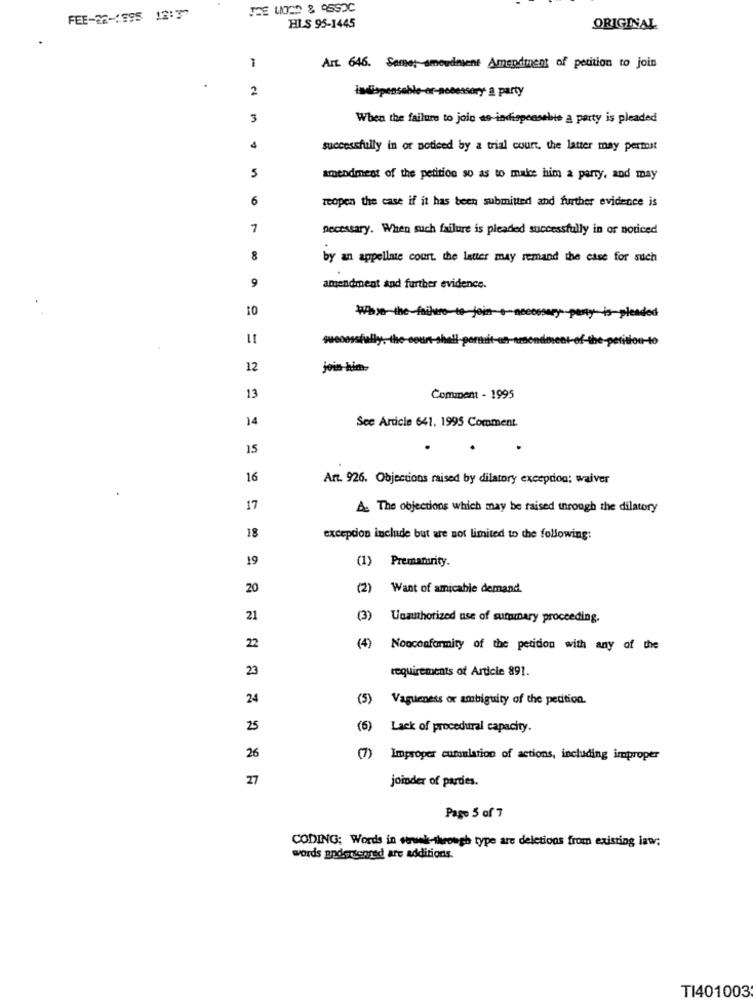
FEE-26-1995 12:37
HIS 95-1445
ORIGINAL
1
Art. 646. Samet amoudingens Amendment of petition to join
2
indispensable-or-necessary a party
3
When the failure to join as indispensable a party is pleaded
4
successfully in or noticed by a trial court, the latter may permit
amendment of the petition so as to make him a parry, and may
6
reopen the case if it has been submitted and further evidence is
7
necessary. When such failure is pleaded successfully in or noticed
8
by an appellate court. the latter may remand the case for such
9
amendment and further evidence.
10
Why the file to join-+ necessary pany
is pl
queosssfully ,- the-count-shall-pormi
12
join him
13
Comment - 1995
14
See Article 641. 1995 Comment.
15
16
Art. 926. Objections raised by dilatory exception: waiver
17
& The objections which may be raised through the dilatory
18
exception include but are not limited to the following:
19
(1) Prematurity.
20
Want of amicable demand.
21
(3) Unauthorized use of summary proceeding.
22
(4)
Nonconformity of the petition with any of the
23
requirements of Article 891.
24
(5)
Vagueness or ambiguity of the petition.
25
(6) Lack of procedural capacity.
26
(7) Improper cumulation of actions, including improper
27
joinder of pardes.
Page 5 of 7
CODING: Words in wwwek-through type are deletions from existing law;
words andonionred are additions.
TI401003